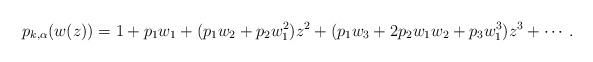
LaTeX: \begin{align*} p_{k,\alpha}(w(z))=1+p_1w_1+(p_1w_2+p_2w_1^2)z^2+(p_1w_3+2p_2w_1w_2+ p_3w_1^3)z^3+\cdots .\end{align*}